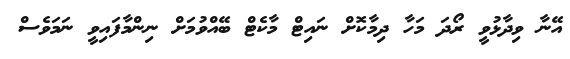
އޭނާ ވިދާޅުވީ ރޯދަ މަހާ ދިމާކޮށް ނައިޓް މާކެޓް ބޭއްވުމަށް ނިންމާފައިވީ ނަމަވެސް